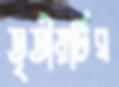
তৃতীয়টির